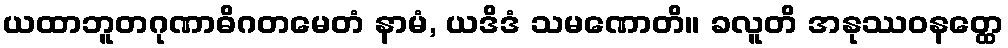
ယထာဘူတဂုဏာဓိဂတမေတံ နာမံ, ယဒိဒံ သမဏောတိ။ ခလူတိ အနုဿဝနတ္ထေ